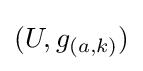
(U,g_{(a,k)})